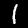
Digit: 1